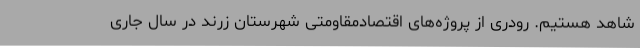
شاهد هستیم. رودری از پروژه‌های اقتصادمقاومتی شهرستان زرند در سال جاری